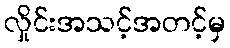
လှိုင်းအသင့်အတင့်မှ